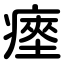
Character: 瘞